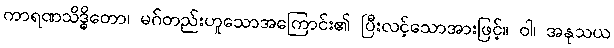
ကာရဏသိဒ္ဓိတော၊ မဂ်တည်းဟူသောအကြောင်း၏ ပြီးလင့်သောအားဖြင့်။ ဝါ၊ အနုသယ